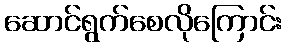
ဆောင်ရွက်စေလိုကြောင်း